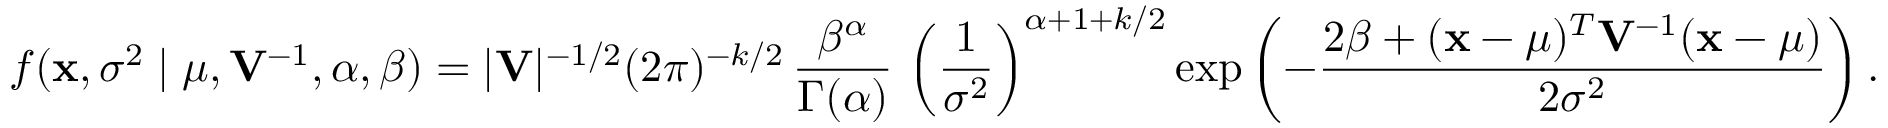
f ( \mathbf { x } , \sigma ^ { 2 } \mid \mu , \mathbf { V } ^ { - 1 } , \alpha , \beta ) = | \mathbf { V } | ^ { - 1 / 2 } { ( 2 \pi ) ^ { - k / 2 } } \, { \frac { \beta ^ { \alpha } } { \Gamma ( \alpha ) } } \, \left( { \frac { 1 } { \sigma ^ { 2 } } } \right) ^ { \alpha + 1 + k / 2 } \exp \left( - { \frac { 2 \beta + ( \mathbf { x } - { \boldsymbol { \mu } } ) ^ { T } \mathbf { V } ^ { - 1 } ( \mathbf { x } - { \boldsymbol { \mu } } ) } { 2 \sigma ^ { 2 } } } \right) .